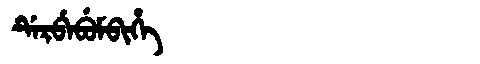
Manchu: ᡩᡝᡵᠪᡝᠪᡠᠮᠪᡳᡥᡝ
Romanization: DERBEBUMBIHE